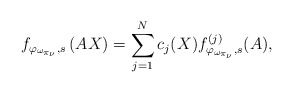
\begin{align*}f_{\varphi_{\omega_{\pi_{\nu}}},s}\left(AX\right)=\sum_{j=1}^{N} c_{j}(X)f^{(j)}_{\varphi_{\omega_{\pi_{\nu}}},s}(A),\end{align*}